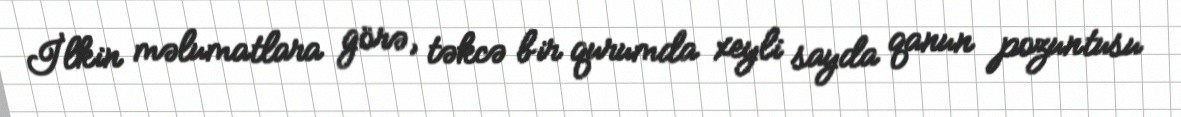
İlkin məlumatlara görə, təkcə bir qurumda xeyli sayda qanun pozuntusu